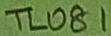
Text: TL081